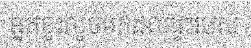
អ្នកខ្លះលួចមកដល់ផ្ទះរបស់